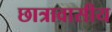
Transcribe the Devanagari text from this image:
छात्रावासीय